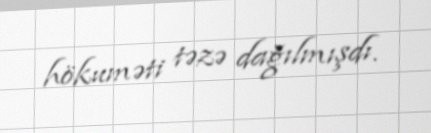
hökuməti təzə dağılmışdı.